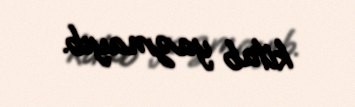
kitab yazmayıb.